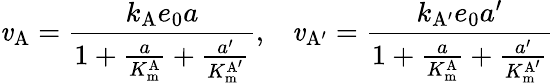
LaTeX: \mathit{v}_{\mathrm{{A}}}={\frac{{k_{\mathrm{{A}}}e_{0}a}}{{1+{\frac{{a}}{{K_{\mathrm{{m}}}^{\mathrm{{A}}}}}}+{\frac{{a^{\prime}}}{{K_{\mathrm{{m}}}^{\mathrm{{A^{\prime}}}}}}}}}},\; \; \; \mathit{v}_{\mathrm{{A^{\prime}}}}={\frac{{k_{\mathrm{{A^{\prime}}}}e_{0}a^{\prime}}}{{1+{\frac{{a}}{{K_{\mathrm{{m}}}^{\mathrm{{A}}}}}}+{\frac{{a^{\prime}}}{{K_{\mathrm{{m}}}^{\mathrm{{A^{\prime}}}}}}}}}}